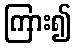
ကြား၍